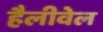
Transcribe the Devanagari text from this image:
हैलीवेल